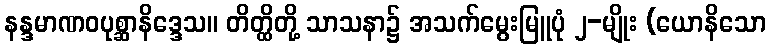
နန္ဒမာဏဝပုစ္ဆာနိဒ္ဒေသ။ တိတ္ထိတို့ သာသနာ၌ အသက်မွေးမြူပုံ ၂-မျိုး (ယောနိသော